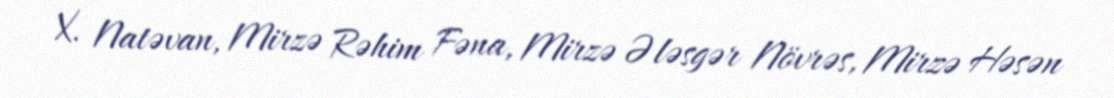
X. Natəvan, Mirzə Rəhim Fəna, Mirzə Ələsgər Növrəs, Mirzə Həsən